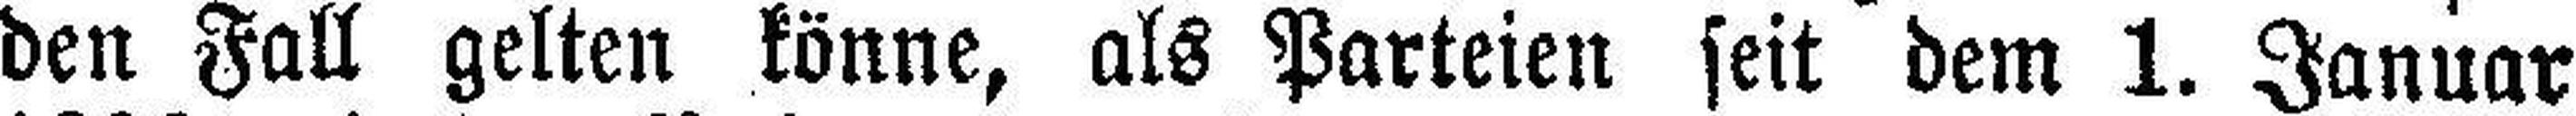
den Fall gelten könne, als Parteien seit dem 1. Januar